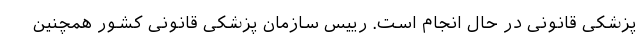
پزشکی قانونی در حال انجام است. رییس سازمان پزشکی قانونی کشور همچنین